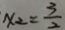
x _ { 2 } = \frac { 3 } { 2 }